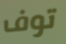
توف